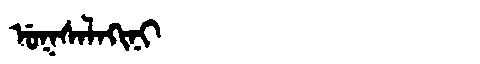
Manchu: ᡠᡴᠰᠠᠯᠠᡴᡳᠨᡳ
Romanization: UKSALAKINI